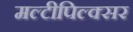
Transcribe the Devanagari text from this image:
मल्टीपिल्क्सर